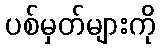
ပစ်မှတ်များကို